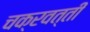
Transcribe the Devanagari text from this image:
चक्रवत्तीं